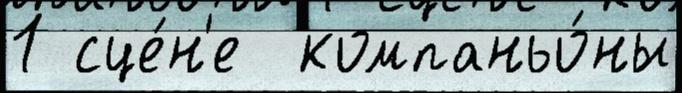
1 сце́н'е  компаньо́ны